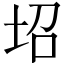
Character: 𡊱